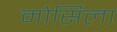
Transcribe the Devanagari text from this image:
मोर्सिला